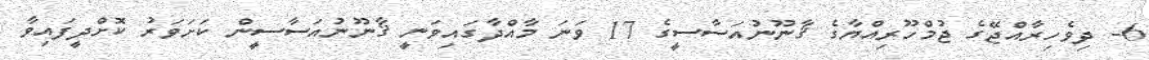
6- ދިވެހިރާއްޖޭގެ ޖުމްހޫރިއްޔާގެ ޤާނޫނުއަސާސީގެ 17 ވަނަ މާއްދާގައިވަނީ ޤާނޫނުއަސާސީން ކަށަވަރު ކޮށްދީފައިވާ